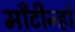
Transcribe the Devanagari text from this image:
माँटीन्हो